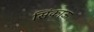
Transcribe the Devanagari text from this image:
सिंकाऊ